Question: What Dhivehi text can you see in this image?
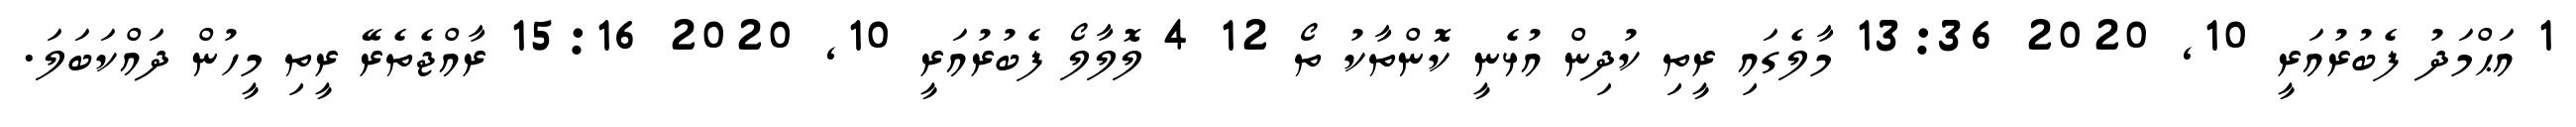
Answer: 1 އަޙްމަދު ފެބުރުއަރީ 10, 2020 13:36 މާލެގައި ރީތި ކުދިން އުޅެނީ ކޮންތާކު ތޯ 12 4 ލޮލާލޯ ފެބުރުއަރީ 10, 2020 15:16 ރާއްޖެތެރޭ ރީތި މީހުން ދައްކަބަލަ.